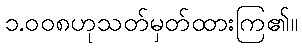
၁.၀၀၈ဟုသတ်မှတ်ထားကြ၏။